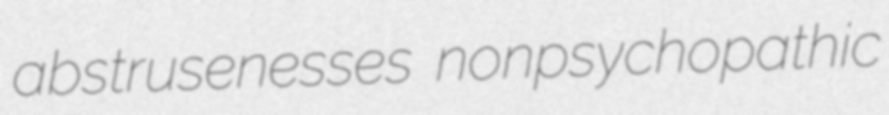
abstrusenesses nonpsychopathic